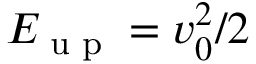
E _ { \textrm { u p } } = v _ { 0 } ^ { 2 } / 2